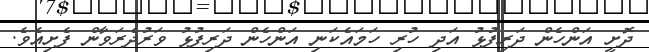
ދޮށީ އަންހެން ދަރިފުޅު އަދި ހުރި ހަމައެކަނި އަންހެން ދަރިފުޅު ވަރުދެރަވާން ފެށިއެވެ.